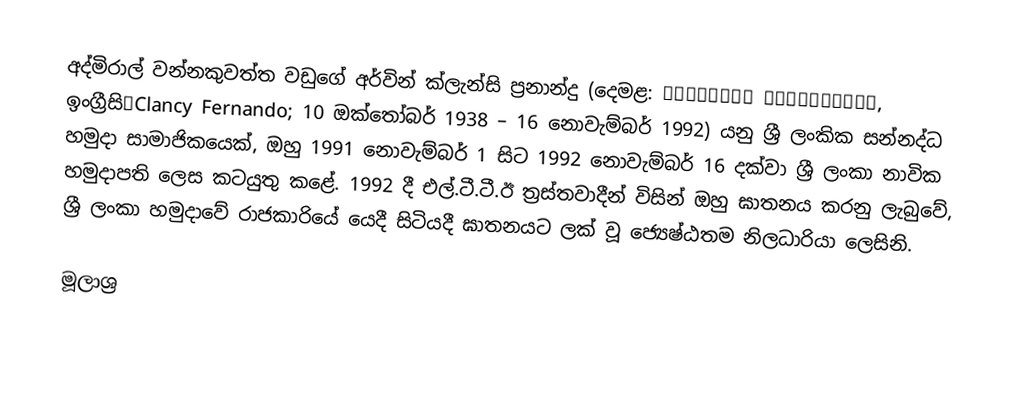
අද්මිරාල් වන්නකුවත්ත වඩුගේ අර්වින් ක්ලැන්සි ප්‍රනාන්දු (දෙමළ: கிளான்சி பெர்னாண்டோ, ඉංග්‍රීසිːClancy Fernando; 10 ඔක්තෝබර් 1938 – 16 නොවැම්බර් 1992) යනු ශ්‍රී ලංකික සන්නද්ධ හමුදා සාමාජිකයෙක්, ඔහු 1991 නොවැම්බර් 1 සිට 1992 නොවැම්බර් 16 දක්වා ශ්‍රී ලංකා නාවික හමුදාපති ලෙස කටයුතු කළේ. 1992 දී එල්.ටී.ටී.ඊ ත්‍රස්තවාදීන් විසින් ඔහු ඝාතනය කරනු ලැබුවේ, ශ්‍රී ලංකා හමුදාවේ රාජකාරියේ යෙදී සිටියදී ඝාතනයට ලක් වූ ජ්‍යෙෂ්ඨතම නිලධාරියා ලෙසිනි.

මූලාශ්‍ර